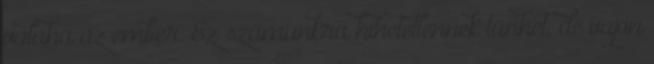
valaha az ember. Ez számunkra hihetetlennek tűnhet, de vajon